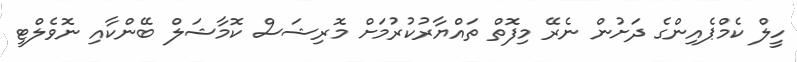
ހީލް ކެމްޕެއިންގެ ދަށުން ނެރޭ މިފޮތް ތައްޔާރުކުރުމަށް މޮރިޝަސް ކޮމާޝަލް ބޭންކާއި ނޮވެލްޓީ